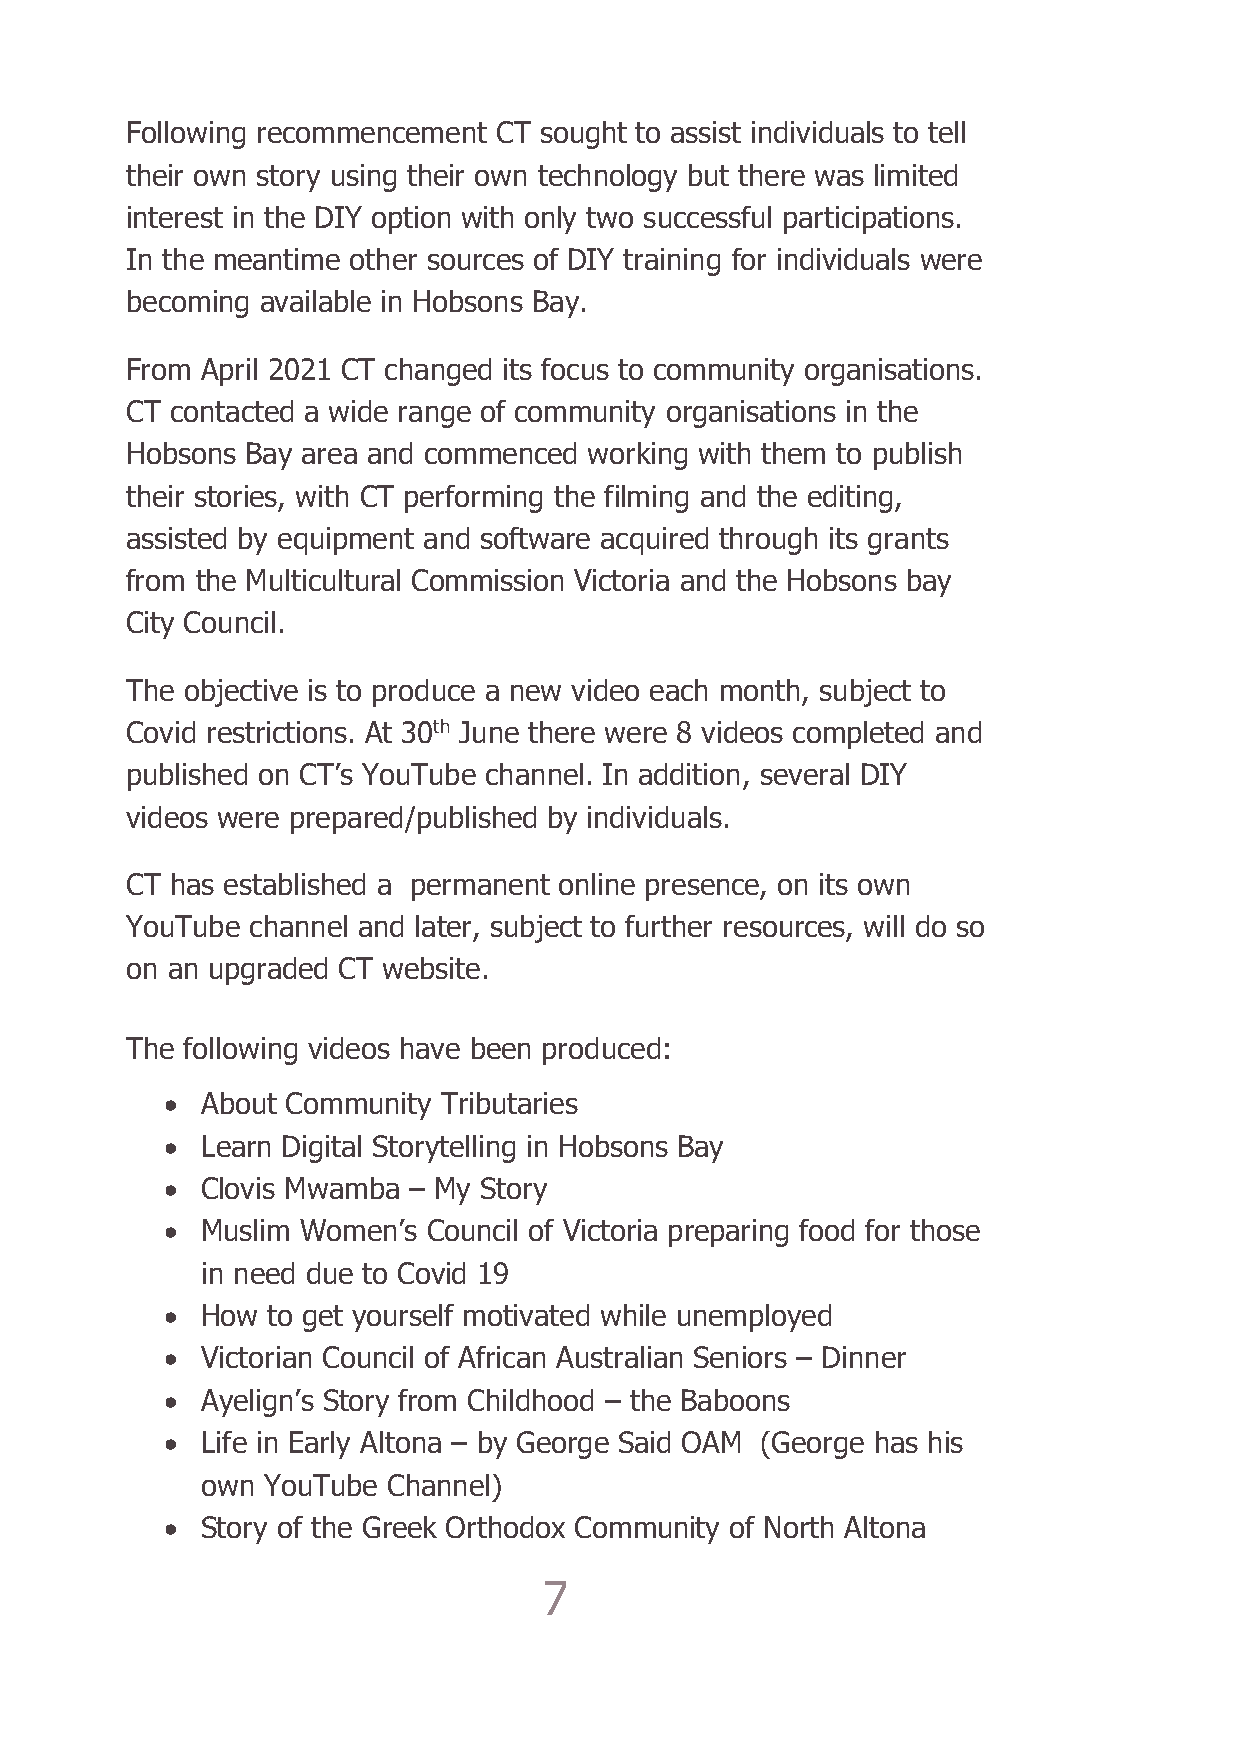
Following recommencement CT sought to assist individuals to tell
 their own story using their own technology but there was limited
 interest in the DIY option with only two successful participations.
 In the meantime other sources of DIY training for individuals were
 becoming available in Hobsons Bay.
 From April 2021 CT changed its focus to community organisations.
 CT contacted a wide range of community organisations in the
 Hobsons Bay area and commenced working with them to publish
 their stories, with CT performing the filming and the editing,
 assisted by equipment and software acquired through its grants
 from the Multicultural Commission Victoria and the Hobsons bay
 City Council.
 The objective is to produce a new video each month, subject to
 Covid restrictions. At 30th June there were 8 videos completed and
 published on CT’s YouTube channel. In addition, several DIY
 videos were prepared/published by individuals.
 CT has established a permanent online presence, on its own
 YouTube channel and later, subject to further resources, will do so
 on an upgraded CT website.
 The following videos have been produced:
 • About Community Tributaries
 • Learn Digital Storytelling in Hobsons Bay
 • Clovis Mwamba – My Story
 • Muslim Women’s Council of Victoria preparing food for those
 in need due to Covid 19
 • How  to get yourself motivated while unemployed
 • Victorian Council of African Australian Seniors – Dinner
 • Ayelign’s Story from Childhood – the Baboons
 • Life in Early Altona – by George Said OAM (George has his
 own YouTube  Channel)
 • Story of the Greek Orthodox Community of North Altona
 7